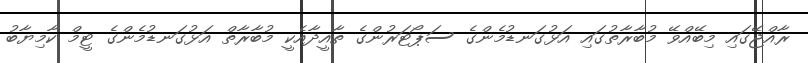
ރާއްޖޭގައި މިބޭއްވޭ މުބާރާތުގައި އަޅުގަނޑުމެންގެ ސަޕޯޓަރުންގެ ތާއީދާއެކީ މުބާރާތް އަޅުގަނޑުމެންގެ ޓީމް ކާމިޔާބު